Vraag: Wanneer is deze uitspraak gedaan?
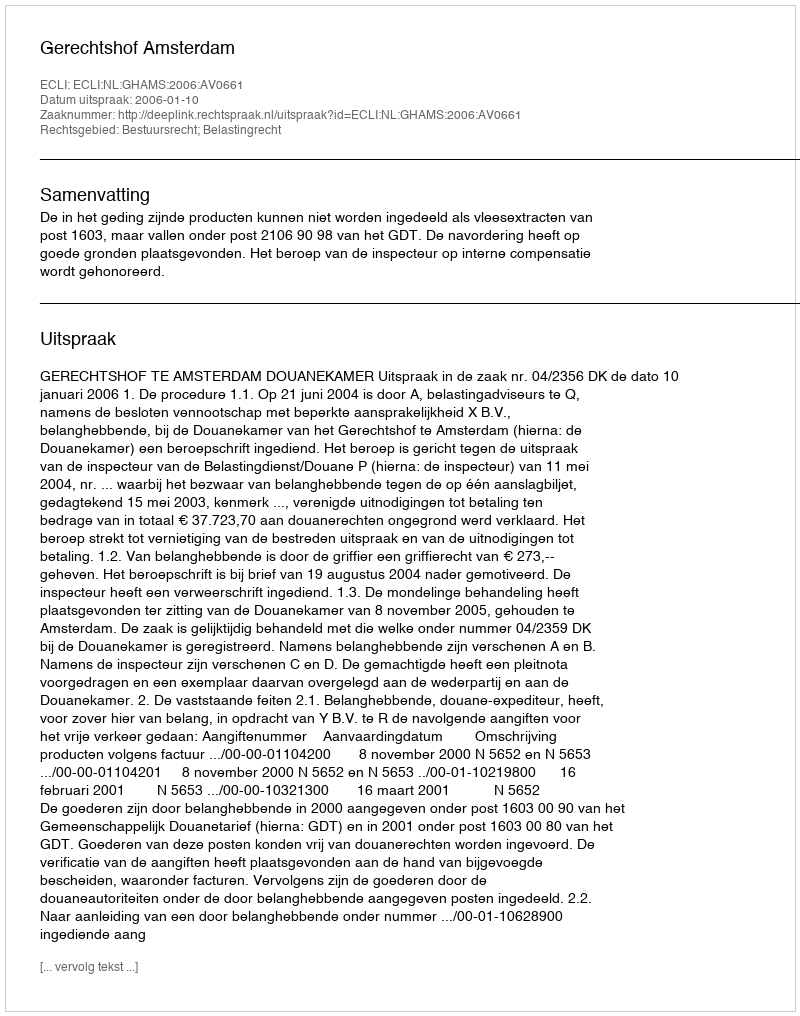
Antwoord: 2006-01-10